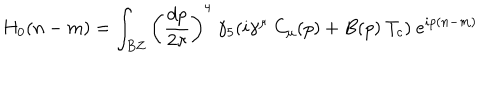
LaTeX: H _ { 0 } ( n - m ) = \int _ { B Z } \left( { \frac { d p } { 2 \pi } } \right) ^ { 4 } \ \gamma _ { 5 } ( i \gamma ^ { \mu } \ C _ { \mu } ( p ) + B ( p ) \ T _ { c } ) \ e ^ { i p ( n - m ) }